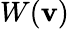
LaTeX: W(\mathbf{v})